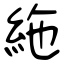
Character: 絁